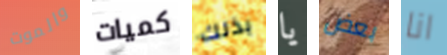
والموت كميات بذلك يا بعض انا